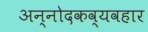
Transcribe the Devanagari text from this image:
अन्नोदकव्यवहार